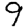
Digit: 9